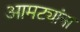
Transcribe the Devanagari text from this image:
आमट्यांना